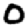
Digit: 0